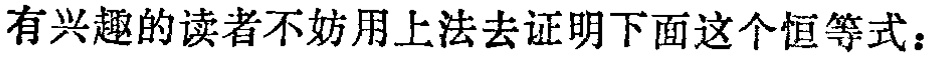
有兴趣的读者不妨用上法去证明下面这个恒等式：